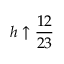
h \uparrow \frac { 1 2 } { 2 3 }